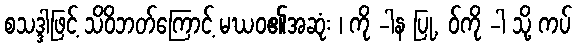
စသဒ္ဒါဖြင့် သိဝိဘတ်ကြောင့် မဃဝ၏အဆုံး ၊ ကို -ါန ပြု, ဝ်ကို -ါ သို့ ကပ်